Report on vaccination in the Province of Bengal - 1874-1889
Year: 1874
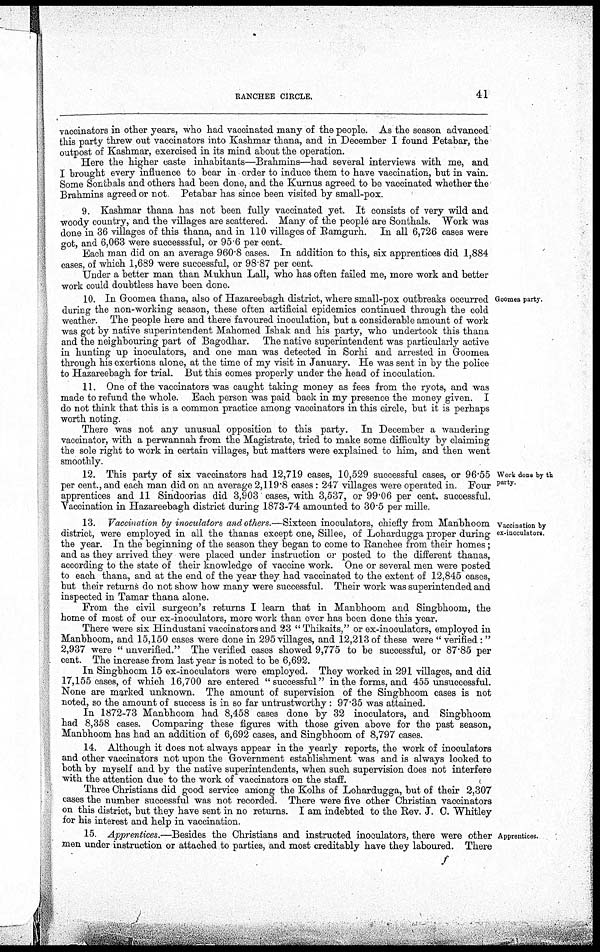
RANCHEE CIRCLE.
41
vaccinators in other years, who had vaccinated many of the people. As the season advanced
this party threw out vaccinators into Kashmar thana, and in December I found Petabar, the
outpost of Kashmar, exercised in its mind about the operation.
Here the higher caste inhabitants—Brahmins—had several interviews with me, and
I brought every influence to bear in order to induce them to have vaccination, but in vain.
Some Sonthals and others had been done, and the Kurnus agreed to be vaccinated whether the
Brahmins agreed or not Petabar has since been visited by small-pox.
9. Kashmar thana has not been fully vaccinated yet. It consists of very wild and
woody country, and the villages are scattered. Many of the people are Sonthals. Work was
done in 36 villages of this thana, and in 110 villages of Ramgurh. In all 6,726 cases were
got, and 6,063 were successsful, or 95.6 per cent.
Each man did on an average 960.8 cases. In addition to this, six apprentices did 1,884
cases, of which 1,689 were successful, or 98.87 per cent.
Under a better man than Mukhun Lall, who has often failed me, more work and better
work could doubtless have been done.
Goomea party.
10. In Goomea thana, also of Hazareebagh district, where small-pox outbreaks occurred
during the non-working season, these often artificial epidemics continued through the cold
weather. The people here and there favoured inoculation, but a considerable amount of work
was got by native superintendent Mahomed Ishak and his party, who undertook this thana
and the neighbouring part of Bagodhar. The native superintendent was particularly active
in hunting up inoculators, and one man was detected in Sorhi and arrested in Goomea
through his exertions alone, at the time of my visit in January. He was sent in by the police
to Hazareebagh for trial. But this comes properly under the head of inoculation.
11. One of the vaccinators was caught taking money as fees from the ryots, and was
made to refund the whole. Each person was paid back in my presence the money given. I
do not think that this is a common practice among vaccinators in this circle, but it is perhaps
worth noting.
There was not any unusual opposition to this party. In December a wandering
vaccinator, with a perwannah from the Magistrate, tried to make some difficulty by claiming
the sole right to work in certain villages, but matters were explained to him, and then went
smoothly.
Work done by the
party
12. This party of six vaccinators had 12,719 cases, 10,529 successful cases, or 96.55
per cent., and each man did on an average 2,119.8 cases: 247 villages were operated in. Four
apprentices and 11 Sindoorias did 3,903 cases, with 3,537, or 99.06 per cent. successful.
Vaccination in Hazareebagh district during 1873-74 amounted to 30.5 per mille.
Vaccination by
ex-inoculators.
13. Vaccination by inoculators and others.—Sixteen inoculators, chiefly from Manbhoom
district, were employed in all the thanas except one, Sillee, of Lohardugga proper during
the year. In the beginning of the season they began to come to Ranchee from their homes;
and as they arrived they were placed under instruction or posted to the different thanas,
according to the state of their knowledge of vaccine work. One or several men were posted
to each thana, and at the end of the year they had vaccinated to the extent of 12,845 cases,
but their returns do not show how many were successful. Their work was superintended and
inspected in Tamar thana alone.
From the civil surgeon's returns I learn that in Manbhoom and Singbhoom, the
home of most of our ex-inoculators, more work than ever has been done this year.
There were six Hindustani vaccinators and 23 " Thikaits," or ex-inoculators, employed in
Manbhoom, and 15,150 cases were done in 295 villages, and 12,213 of these were " verified: "
2,937 were " unverified." The verified cases showed 9,775 to be successful, or 87.85 per
cent. The increase from last year is noted to be 6,692.
In Singbhoom 15 ex-inoculators were employed. They worked in 291 villages, and did
17,155 cases, of which 16,700 are entered "successful" in the forms, and 455 unsuccessful.
None are marked unknown. The amount of supervision of the Singbhoom cases is not
noted, so the amount of success is in so far untrustworthy: 97.35 was attained.
In 1872-73 Manbhoom had 8,458 cases done by 32 inoculators, and Singbhoom
had 8,358 cases. Comparing these figures with those given above for the past season,
Manbhoom has had an addition of 6,692 cases, and Singbhoom of 8,797 cases.
14. Although it does not always appear in the yearly reports, the work of inoculators
and other vaccinators not upon the Government establishment was and is always looked to
both by myself and by the native superintendents, when such supervision does not interfere
with the attention due to the work of vaccinators on the staff.
Three Christians did good service among the Kolhs of Lohardugga, but of their 2,307
cases the number successful was not recorded. There were five other Christian vaccinators
on this district, but they have sent in no returns. I am indebted to the Rev. J. C. Whitley
for his interest and help in vaccination.
Apprentices.
15. Apprentices.—Besides the Christians and instructed inoculators, there were other
men under instruction or attached to parties, and most creditably have they laboured. There
f